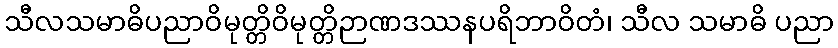
သီလသမာဓိပညာဝိမုတ္တိဝိမုတ္တိဉာဏဒဿနပရိဘာဝိတံ၊ သီလ သမာဓိ ပညာ